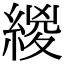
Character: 緵